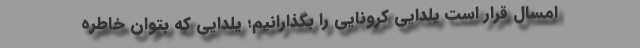
امسال قرار است یلدایی کرونایی را بگذارانیم؛ یلدایی که بتوان خاطره